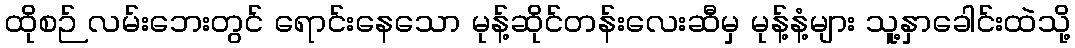
ထိုစဉ် လမ်းဘေးတွင် ရောင်းနေသော မုန့်ဆိုင်တန်းလေးဆီမှ မုန့်နံ့များ သူ့နှာခေါင်းထဲသို့